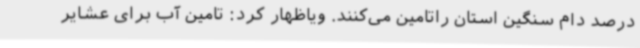
درصد دام سنگین استان راتامین می‌کنند. ویاظهار کرد: تامین آب برای عشایر